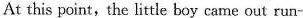
At this point, the little boy came out run-